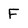
Character: F